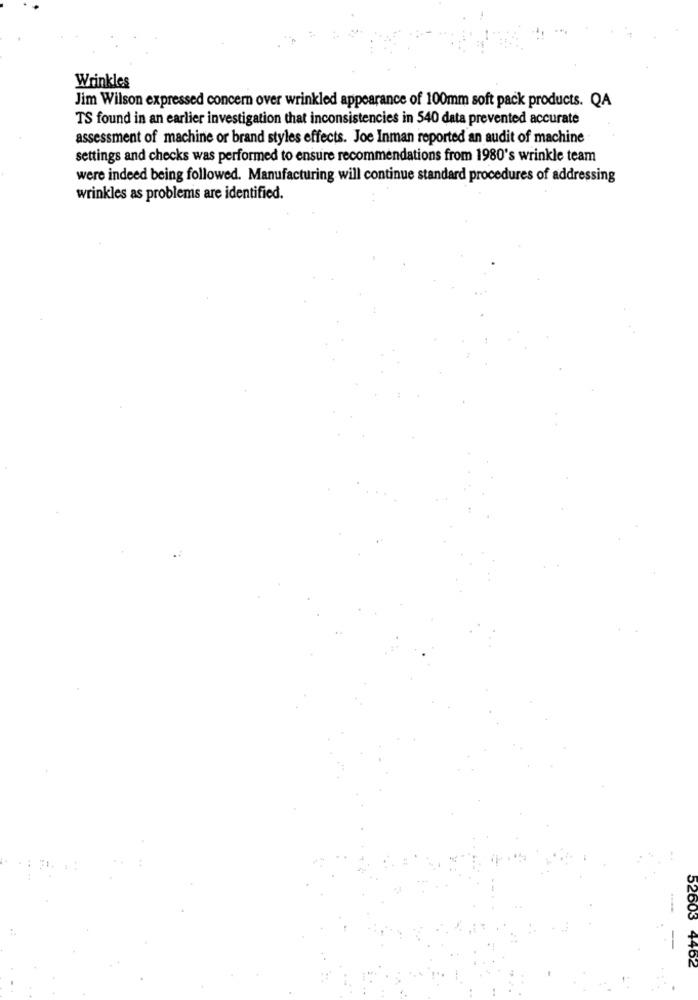
Wrinkles
Jim Wilson expressed concern over wrinkled appearance of 100mm soft pack products. QA
TS found in an earlier investigation that inconsistencies in 540 data prevented accurate
assessment of machine or brand styles effects. Joe Inman reported an audit of machine
settings and checks was performed to ensure recommendations from 1980's wrinkle team
were indeed being followed. Manufacturing will continue standard procedures of addressing
wrinkles as problems are identified.
52603
4462